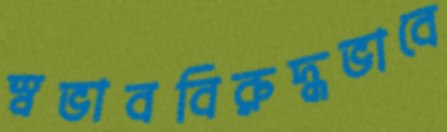
স্বভাববিরুদ্ধভাবে